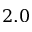
2 . 0